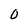
Character: 0